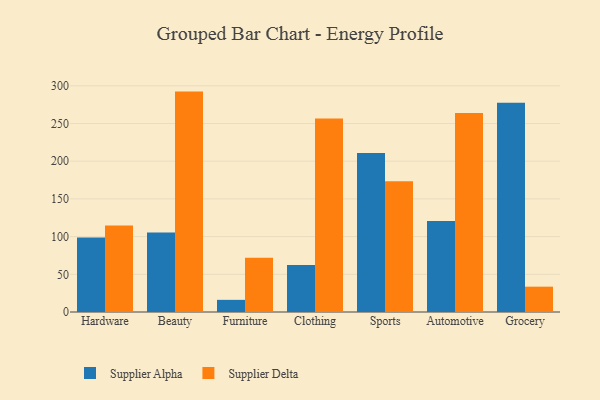
{"axis": {"x": "Category", "y": "Website Visitors"}, "legend": ["Supplier Alpha", "Supplier Delta"], "data": [{"x": "Hardware", "y": 98.8, "type": "Supplier Alpha"}, {"x": "Hardware", "y": 114.6, "type": "Supplier Delta"}, {"x": "Beauty", "y": 105.6, "type": "Supplier Alpha"}, {"x": "Beauty", "y": 292.3, "type": "Supplier Delta"}, {"x": "Furniture", "y": 16.1, "type": "Supplier Alpha"}, {"x": "Furniture", "y": 72.0, "type": "Supplier Delta"}, {"x": "Clothing", "y": 62.4, "type": "Supplier Alpha"}, {"x": "Clothing", "y": 256.7, "type": "Supplier Delta"}, {"x": "Sports", "y": 211.0, "type": "Supplier Alpha"}, {"x": "Sports", "y": 173.5, "type": "Supplier Delta"}, {"x": "Automotive", "y": 120.6, "type": "Supplier Alpha"}, {"x": "Automotive", "y": 264.0, "type": "Supplier Delta"}, {"x": "Grocery", "y": 277.6, "type": "Supplier Alpha"}, {"x": "Grocery", "y": 33.6, "type": "Supplier Delta"}]}